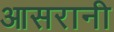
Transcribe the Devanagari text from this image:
आसरानी